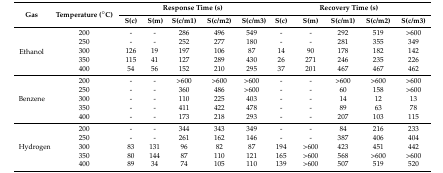
| <ROWSPAN=2> Gas | <ROWSPAN=2> Temperature (°C) | <COLSPAN=5> Response Time (s) | <COLSPAN=5> Recovery Time (s) |
 | S(c) | S(m) | S(c/m1) | S(c/m2) | S(c/m3) | S(c) | S(m) | S(c/m1) | S(c/m2) | S(c/m3) |
 | --- | --- | --- | --- | --- | --- | --- | --- | --- | --- | --- | --- |
 | <ROWSPAN=5> Ethanol | 200 | - | - | 286 | 496 | 549 | - | - | 292 | 519 | >600 |
 | 250 | - | - | 252 | 277 | 180 | - | - | 281 | 355 | 349 |
 | 300 | 126 | 19 | 197 | 106 | 87 | 14 | 90 | 178 | 182 | 142 |
 | 350 | 115 | 41 | 127 | 289 | 430 | 26 | 271 | 246 | 235 | 226 |
 | 400 | 54 | 56 | 152 | 210 | 295 | 37 | 201 | 467 | 467 | 462 |
 | <ROWSPAN=5> Benzene | 200 | - | - | >600 | >600 | >600 | - | - | >600 | >600 | >600 |
 | 250 | - | - | 360 | 486 | >600 | - | - | 60 | 158 | >600 |
 | 300 | - | - | 110 | 225 | 403 | - | - | 14 | 12 | 13 |
 | 350 | - | - | 411 | 422 | 478 | - | - | 89 | 63 | 78 |
 | 400 | - | - | 173 | 218 | 293 | - | - | 207 | 103 | 115 |
 | <ROWSPAN=5> Hydrogen | 200 | - | - | 344 | 343 | 349 | - | - | 84 | 216 | 233 |
 | 250 | - | - | 261 | 162 | 146 | - | - | 387 | 406 | 404 |
 | 300 | 83 | 131 | 96 | 82 | 87 | 194 | >600 | 423 | 451 | 442 |
 | 350 | 80 | 144 | 87 | 110 | 121 | 165 | >600 | 568 | >600 | >600 |
 | 400 | 89 | 34 | 74 | 105 | 110 | 139 | >600 | 507 | 519 | 520 |